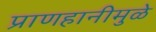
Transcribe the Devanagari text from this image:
प्राणहानीमुळे